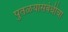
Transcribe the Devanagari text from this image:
पुतळयांसंबंधीचा